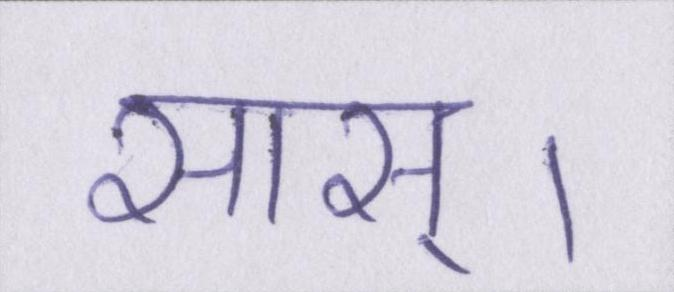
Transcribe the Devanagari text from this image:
सास्।